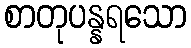
စာတုပန္နရသော